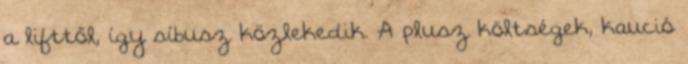
a lifttől, így síbusz közlekedik. A plusz költségek, kaució